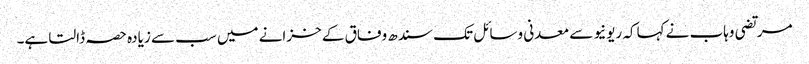
مرتضی وہاب نے کہاکہ ریونیو سے معدنی وسائل تک سندھ وفاق کے خزانے میں سب سے زیادہ حصہ ڈالتا ہے۔